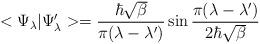
LaTeX: \begin{align*}< \Psi_\lambda \vert \Psi_\lambda^{\prime} > = \frac{\hbar \sqrt{\beta}}{ \pi (\lambda - \lambda^{\prime})} \sin{\frac{ \pi (\lambda - \lambda^{\prime})} {2 \hbar \sqrt{\beta}}}\end{align*}